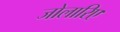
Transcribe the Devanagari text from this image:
जोलारिए